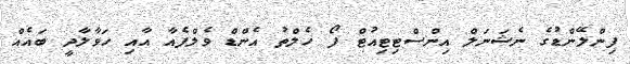
ފިންލޭންޑުގެ ނެޝަނަލް އިންސްޓިޓިއުޓް ފޯ ހެލްތު އެންޑް ވެލްފެއާ އާއި ހަވާލާދީ ބައެއް